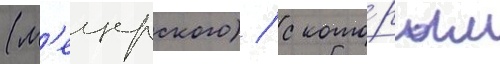
(м'ещерского) / с кото́рым